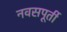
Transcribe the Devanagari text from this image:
नवसपूर्ती